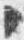
々